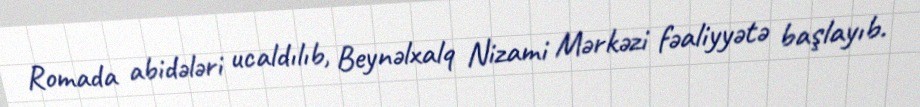
Romada abidələri ucaldılıb, Beynəlxalq Nizami Mərkəzi fəaliyyətə başlayıb.